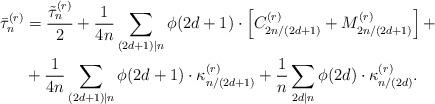
LaTeX: \begin{align*}\begin{aligned}\bar{\tau}_n^{(r)}&=\dfrac{\tilde{\tau}_n^{(r)}}{2}+\dfrac{1}{4n}\sum\limits_{(2d+1)\mid n}\phi(2d+1)\cdot \left[C^{(r)}_{2n/(2d+1)}+M^{(r)}_{2n/(2d+1)}\right]+\\&+\dfrac{1}{4n}\sum\limits_{(2d+1)\mid n}\phi(2d+1)\cdot \kappa^{(r)}_{n/(2d+1)}+\dfrac{1}{n}\sum\limits_{2d\mid n}\phi(2d)\cdot \kappa^{(r)}_{n/(2d)}.\end{aligned}\end{align*}